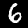
Label: 6